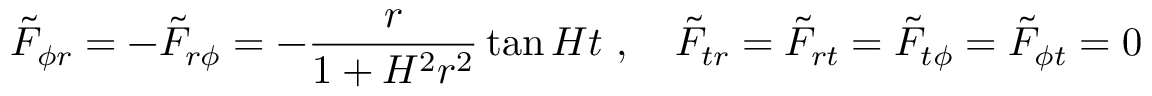
{ \tilde { F } } _ { \phi r } = - { \tilde { F } } _ { r \phi } = - \frac { r } { 1 + H ^ { 2 } r ^ { 2 } } \tan H t \ , \quad { \tilde { F } } _ { t r } = { \tilde { F } } _ { r t } = { \tilde { F } } _ { t \phi } = { \tilde { F } } _ { \phi t } = 0